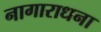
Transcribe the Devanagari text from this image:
नागाराधना